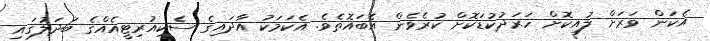
އެކަން ވަރަށް ލުއިކޮށް ހަރަދުކުޑަކޮށް ކުރެވެން އެބައޮތެވެ. އެކަމަކު އާދައިގެ ސެކިއުރިޓީއެއްގެ ބަދަލުގައި